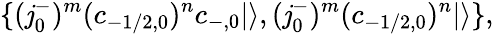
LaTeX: \{ (\mathit{j}_{0}^{-})^{m}(c_{-1/2,0})^{n}c_{-,0}|\rangle,(\mathit{j}_{0}^{-})^{m}(c_{-1/2,0})^{n}|\rangle\} ,